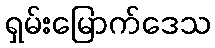
ရှမ်းမြောက်ဒေသ